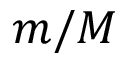
m / M